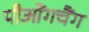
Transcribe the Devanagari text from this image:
पीओंगचैंग